Scientific memoirs by medical officers of the Army of India - Part X,
Year: 1897
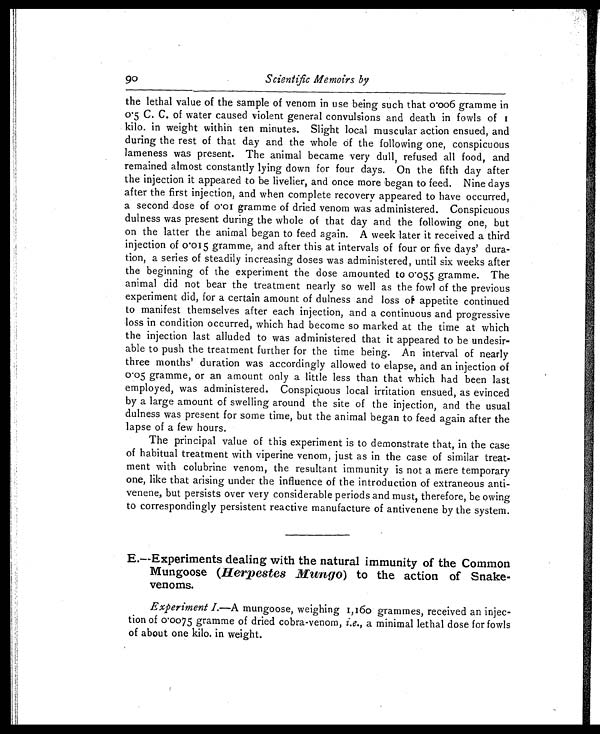
90
Scientific Memoirs by
the lethal value of the sample of venom in use being such that 0.006 gramme in
0.5 C. C. of water caused violent general convulsions and death in fowls of
1 kilo. in weight within ten minutes. Slight local muscular action ensued, and
during the rest of that day and the whole of the following one, conspicuous
lameness was present. The animal became very dull, refused all food, and
remained almost constantly lying down for four days. On the fifth day after
the injection it appeared to be livelier, and once more began to feed. Nine days
after the first injection, and when complete recovery appeared to have occurred,
a second dose of 0.01 gramme of dried venom was administered. Conspicuous
dulness was present during the whole of that day and the following one, but
on the latter the animal began to feed again. A week later it received a third
injection of 0.015 gramme, and after this at intervals of four or five days' dura
-
tion, a series of steadily increasing doses was administered, until six weeks after
the beginning of the experiment the dose amounted to 0.055 gramme. The
animal did not bear the treatment nearly so well as the fowl of the previous
experiment did, for a certain amount of dulness and loss of appetite continued
to manifest themselves after each injection, and a continuous and progressive
loss in condition occurred, which had become so marked at the time at which
the injection last alluded to was administered that it appeared to be undesir
-
able to push the treatment further for the time being. An interval of nearly
three months' duration was accordingly allowed to elapse, and an injection of
0.05 gramme, or an amount only a little less than that which had been last
employed, was administered. Conspicuous local irritation ensued, as evinced
by a large amount of swelling around the site of the injection, and the usual
dulness was present for some time, but the animal began to feed again after the
lapse of a few hours.
The principal value of this experiment is to demonstrate that, in the case
of habitual treatment with viperine venom, just as in the case of similar treat
-
ment with colubrine venom, the resultant immunity is not a mere temporary
one, like that arising under the influence of the introduction of extraneous anti
-
venene, but persists over very considerable periods and must, therefore, be owing
to correspondingly persistent reactive manufacture of antivenene by the system.
E.—Experiments dealing with the natural immunity of the Common
Mungoose (Herpestes Mungo ) to the action of Snake-
venoms.
Experiment I.—A mungoose, weighing 1,160 grammes, received an injec
-
tion of 0.0075 gramme of dried cobra-venom, i.e., a minimal lethal dose for fowls
of about one kilo. in weight.